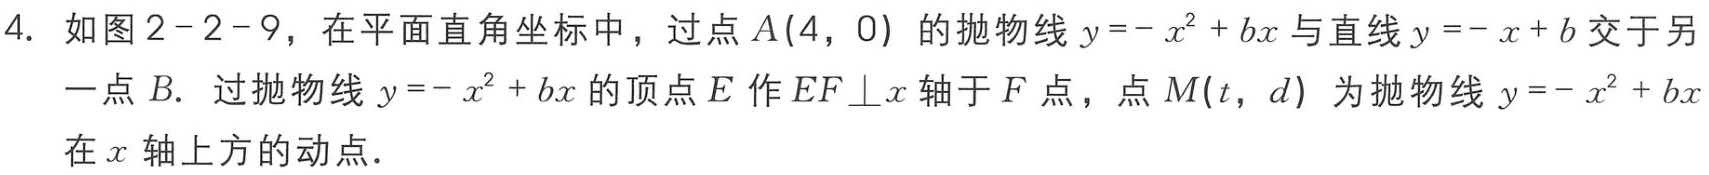
4. 如图2 - 2 - 9，在平面直角坐标中，过点\(A(4,0)\)的抛物线\(y=-x^{2}+bx\)与直线\(y=-x + b\)交于另一点\(B\). 过抛物线\(y=-x^{2}+bx\)的顶点\(E\)作\(EF\perp x\)轴于\(F\)点，点\(M(t,d)\)为抛物线\(y=-x^{2}+bx\)在\(x\)轴上方的动点.